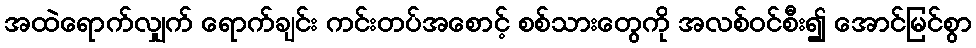
အထဲရောက်လျှက် ရောက်ချင်း ကင်းတပ်အစောင့် စစ်သားတွေကို အလစ်ဝင်စီး၍ အောင်မြင်စွာ